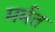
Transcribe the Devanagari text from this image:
मर्मत